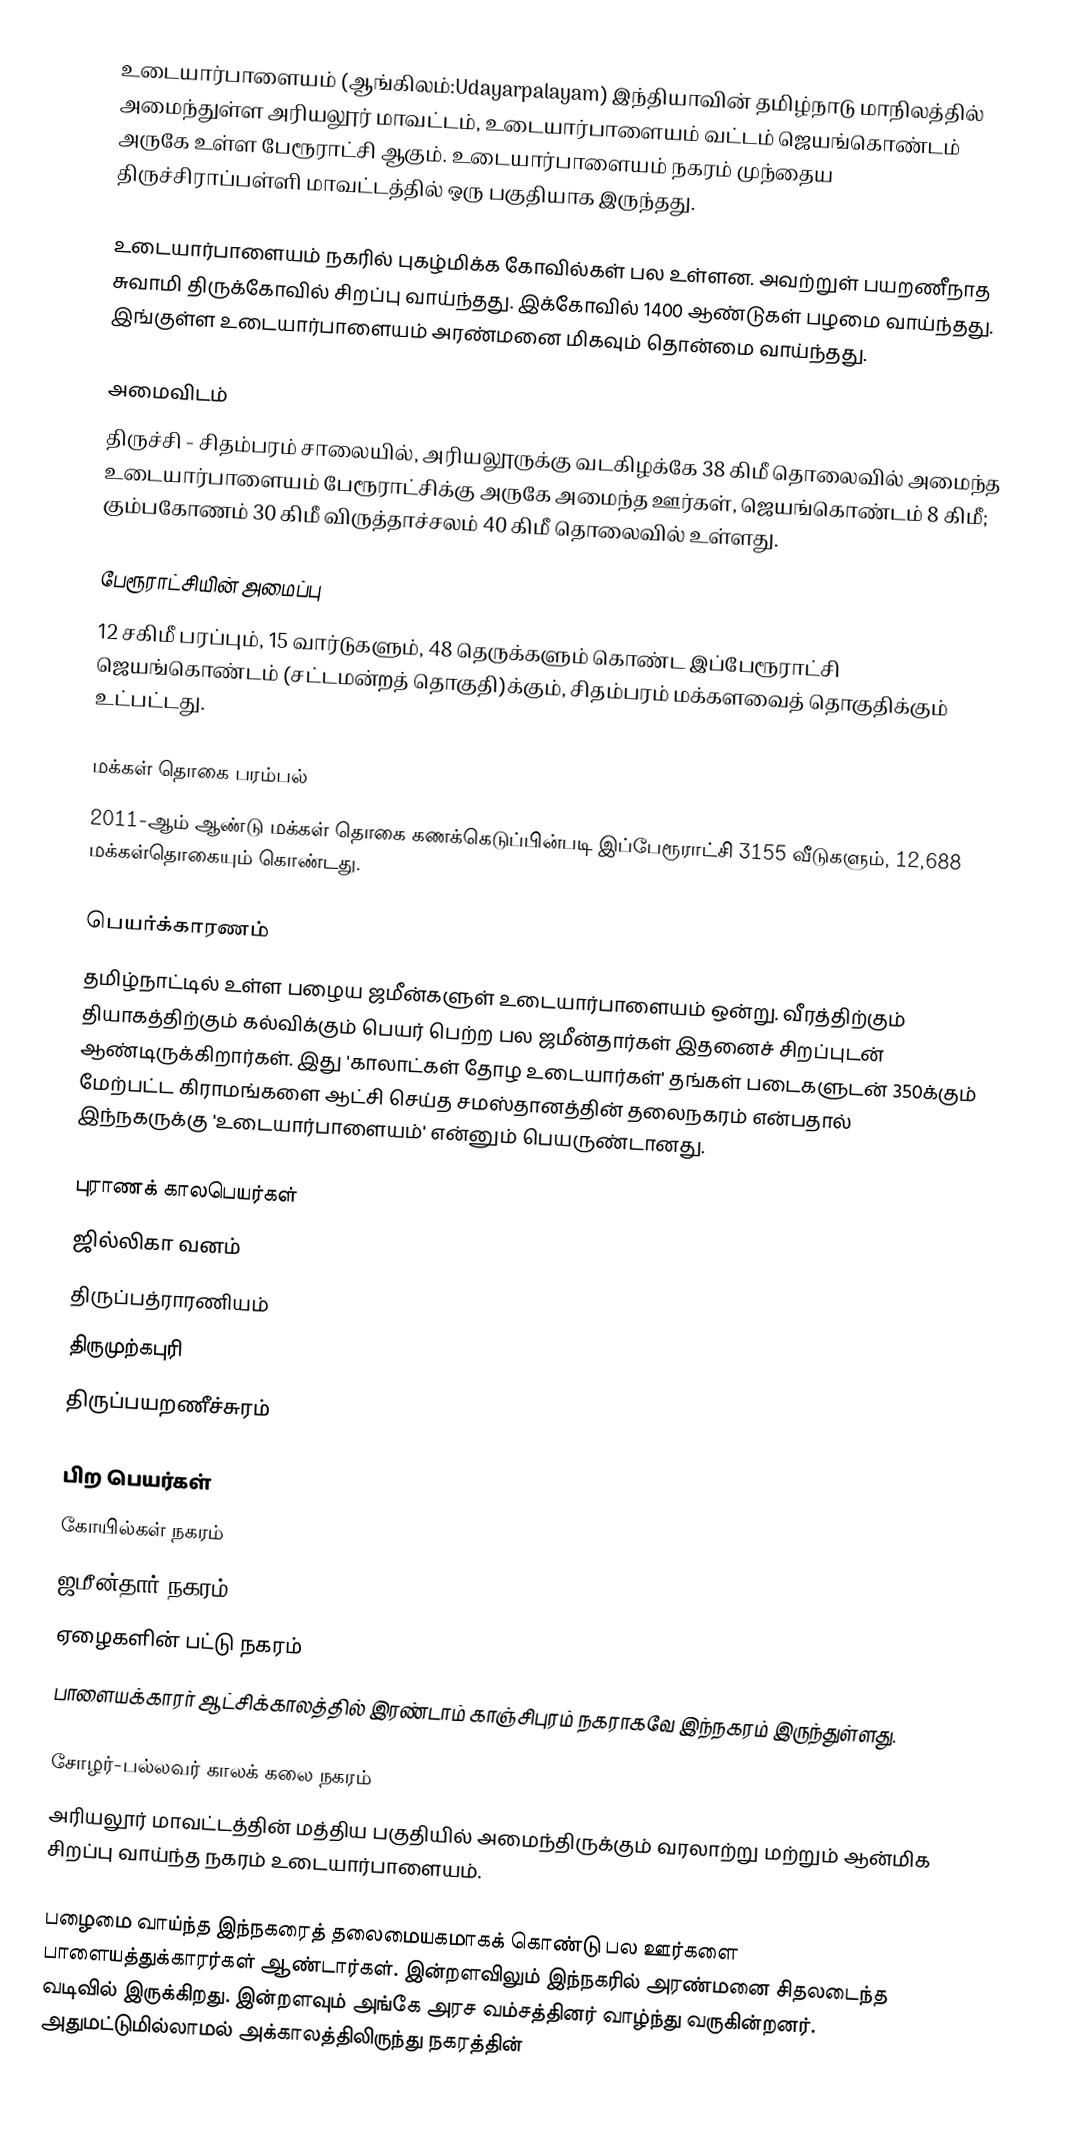
உடையார்பாளையம் (ஆங்கிலம்:Udayarpalayam) இந்தியாவின் தமிழ்நாடு மாநிலத்தில் அமைந்துள்ள அரியலூர் மாவட்டம்,  உடையார்பாளையம் வட்டம்  ஜெயங்கொண்டம்  அருகே உள்ள பேரூராட்சி ஆகும். உடையார்பாளையம் நகரம் முந்தைய திருச்சிராப்பள்ளி மாவட்டத்தில் ஒரு பகுதியாக இருந்தது.

உடையார்பாளையம் நகரில் புகழ்மிக்க கோவில்கள் பல உள்ளன. அவற்றுள் பயறணீநாத சுவாமி திருக்கோவில் சிறப்பு வாய்ந்தது. இக்கோவில் 1400 ஆண்டுகள் பழமை வாய்ந்தது. இங்குள்ள உடையார்பாளையம் அரண்மனை மிகவும் தொன்மை வாய்ந்தது.

அமைவிடம்
திருச்சி - சிதம்பரம் சாலையில், அரியலூருக்கு வடகிழக்கே  38  கிமீ தொலைவில் அமைந்த உடையார்பாளையம்  பேரூராட்சிக்கு அருகே அமைந்த ஊர்கள், ஜெயங்கொண்டம் 8 கிமீ; கும்பகோணம் 30 கிமீ விருத்தாச்சலம் 40 கிமீ தொலைவில் உள்ளது.

பேரூராட்சியின் அமைப்பு
12  சகிமீ பரப்பும், 15 வார்டுகளும்,   48 தெருக்களும்  கொண்ட இப்பேரூராட்சி  ஜெயங்கொண்டம் (சட்டமன்றத் தொகுதி)க்கும், சிதம்பரம் மக்களவைத் தொகுதிக்கும் உட்பட்டது.

மக்கள் தொகை பரம்பல்
2011-ஆம் ஆண்டு மக்கள் தொகை கணக்கெடுப்பின்படி  இப்பேரூராட்சி 3155 வீடுகளும்,  12,688 மக்கள்தொகையும் கொண்டது.

பெயர்க்காரணம்
தமிழ்நாட்டில் உள்ள பழைய ஜமீன்களுள் உடையார்பாளையம் ஒன்று. வீரத்திற்கும் தியாகத்திற்கும் கல்விக்கும் பெயர் பெற்ற பல ஜமீன்தார்கள் இதனைச் சிறப்புடன் ஆண்டிருக்கிறார்கள். இது 'காலாட்கள் தோழ உடையார்கள்' தங்கள் படைகளுடன்  350க்கும் மேற்பட்ட கிராமங்களை ஆட்சி செய்த சமஸ்தானத்தின் தலைநகரம் என்பதால் இந்நகருக்கு 'உடையார்பாளையம்' என்னும் பெயருண்டானது.

புராணக் காலபெயர்கள்
ஜில்லிகா வனம்
திருப்பத்ராரணியம்
திருமுற்கபுரி
திருப்பயறணீச்சுரம்

பிற பெயர்கள்
கோயில்கள் நகரம்
ஜமீன்தார் நகரம்
ஏழைகளின் பட்டு நகரம்
பாளையக்காரர் ஆட்சிக்காலத்தில் இரண்டாம் காஞ்சிபுரம்  நகராகவே இந்நகரம் இருந்துள்ளது.

சோழர்-பல்லவர் காலக் கலை நகரம்
அரியலூர் மாவட்டத்தின் மத்திய பகுதியில் அமைந்திருக்கும் வரலாற்று மற்றும் ஆன்மிக சிறப்பு வாய்ந்த நகரம் உடையார்பாளையம்.

பழைமை வாய்ந்த இந்நகரைத் தலைமையகமாகக் கொண்டு பல ஊர்களை பாளையத்துக்காரர்கள் ஆண்டார்கள். இன்றளவிலும் இந்நகரில் அரண்மனை சிதலடைந்த வடிவில் இருக்கிறது. இன்றளவும் அங்கே அரச வம்சத்தினர் வாழ்ந்து வருகின்றனர். அதுமட்டுமில்லாமல் அக்காலத்திலிருந்து நகரத்தின்